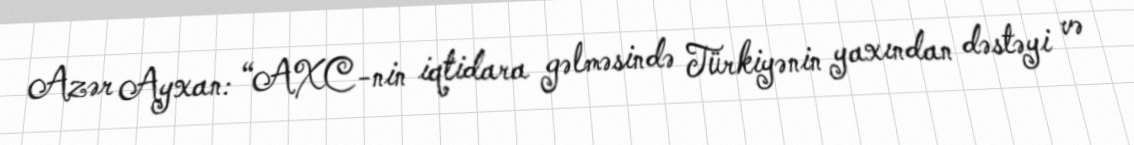
Azər Ayxan: “AXC-nin iqtidara gəlməsində Türkiyənin yaxından dəstəyi və